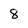
Character: 8